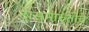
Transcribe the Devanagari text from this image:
दासमारुतीचे